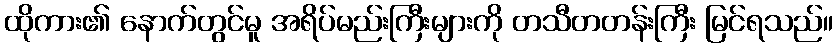
ထိုကား၏ နောက်တွင်မူ အရိပ်မည်းကြီးများကို တသီတတန်းကြီး မြင်ရသည်။